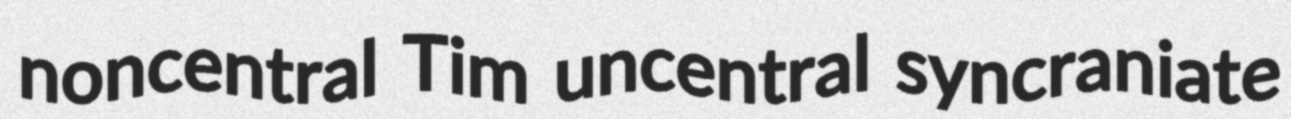
noncentral Tim uncentral syncraniate